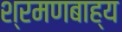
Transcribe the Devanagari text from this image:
श्रमणबाह्य